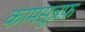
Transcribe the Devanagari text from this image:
कामसूत्रफ़